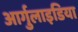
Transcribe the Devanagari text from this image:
आर्गुलाइडिया